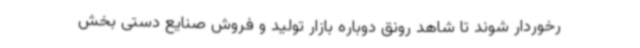
رخوردار شوند تا شاهد رونق دوباره بازار تولید و فروش صنایع دستی بخش